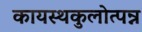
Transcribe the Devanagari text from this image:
कायस्थकुलोत्पन्न